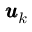
\pmb { u } _ { k }